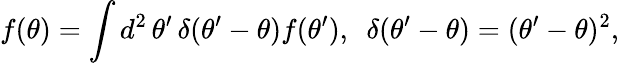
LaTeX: f(\theta)=\int d^{2}\, \theta^{\prime}\, \delta(\theta^{\prime}-\theta)f(\theta^{\prime}),\, \, \, \delta(\theta^{\prime}-\theta)=(\theta^{\prime}-\theta)^{2},